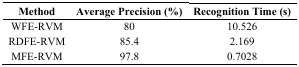
| Method | Average Precision (%) | Recognition Time (s) |
 | --- | --- | --- |
 | WFE-RVM | 80 | 10.526 |
 | RDFE-RVM | 85.4 | 2.169 |
 | MFE-RVM | 97.8 | 0.7028 |